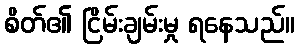
စိတ်၏ ငြိမ်းချမ်းမှု ရနေသည်။